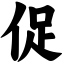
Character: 促